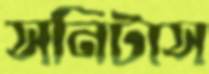
সনিটাস